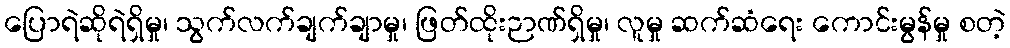
ပြောရဲဆိုရဲရှိမှု၊ သွက်လက်ချက်ချာမှု၊ ဖြတ်ထိုးဉာဏ်ရှိမှု၊ လူမှု ဆက်ဆံရေး ကောင်းမွန်မှု စတဲ့